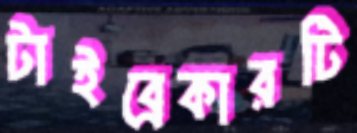
টাইব্রেকারটি